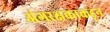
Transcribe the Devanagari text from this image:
अंगरक्षकाकडून